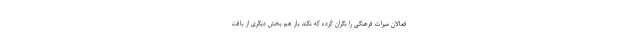
فعالان میراث فرهنگی را نگران کرده که نکند باز هم بخش دیگری از بافت